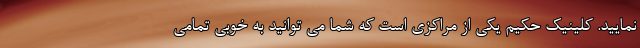
نمایید. کلینیک حکیم یکی از مراکزی است که شما می توانید به خوبی تمامی